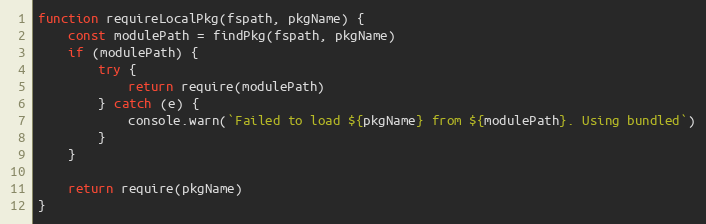
Language: JavaScript
function requireLocalPkg(fspath, pkgName) {
    const modulePath = findPkg(fspath, pkgName)
    if (modulePath) {
        try {
            return require(modulePath)
        } catch (e) {
            console.warn(`Failed to load ${pkgName} from ${modulePath}. Using bundled`)
        }
    }

    return require(pkgName)
}